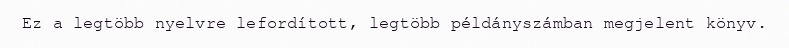
Ez a legtöbb nyelvre lefordított, legtöbb példányszámban megjelent könyv.